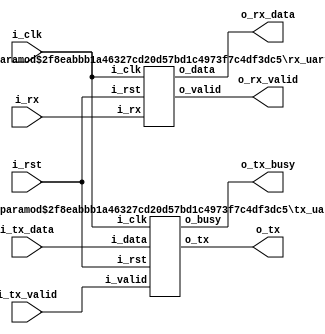
module uart (
  i_clk,
  i_rst,
  //tx signals
  i_tx_data,
  i_tx_valid,
  o_tx_busy,
  //rx signals
  o_rx_data,
  o_rx_valid,
  // UART inteface
  o_tx,
  i_rx
  );

  parameter DATA_WIDTH = 8;
  parameter FREQ = 10000000;
  parameter BAUD = 9200;


  input  wire                  i_clk;
  input  wire                  i_rst;
  input  wire [DATA_WIDTH-1:0] i_tx_data;
  input  wire                  i_tx_valid;
  output wire                  o_tx_busy;
  output wire [DATA_WIDTH-1:0] o_rx_data;
  output wire                  o_rx_valid;
  output wire                  o_tx;
  input  wire                  i_rx;

  rx_uart #(.DATA_WIDTH(DATA_WIDTH), .FREQ(FREQ), .BAUD(BAUD)) utt_rx(
    .i_clk(i_clk),
    .i_rst(i_rst),
    .i_rx(i_rx),
    .o_data(o_rx_data),
    .o_valid(o_rx_valid)
    );

  tx_uart #(.DATA_WIDTH(DATA_WIDTH), .FREQ(FREQ), .BAUD(BAUD)) utt_tx(
    .i_clk(i_clk),
    .i_rst(i_rst),
    .i_data(i_tx_data),
    .i_valid(i_tx_valid),
    .o_busy(o_tx_busy),
    .o_tx(o_tx)
    );

endmodule // uart









module rx_uart (
  i_clk,
  i_rst,
  i_rx,
  o_data,
  o_valid
  );

  parameter DATA_WIDTH = 8;
  parameter FREQ = 10000000;
  parameter BAUD = 9200;

  input wire                  i_clk;
  input wire                  i_rst;
  input wire                  i_rx;
  output reg  [DATA_WIDTH-1:0] o_data;
  output reg                  o_valid;


  parameter
  IDLE       = 6'b000001,
  WAIT_START = 6'b000010,
  START      = 6'b000100,
  DATA       = 6'b001000,
  STOP       = 6'b010000,
  END        = 6'b100000;

  reg [5:0] next_rx_uart;
  reg [5:0] rx_uart;

  reg [1:0] r_rx_ed;
  wire w_rx_ed;
  reg r_baud_clk;
  reg [31:0] r_baud_cnt;
  reg [DATA_WIDTH-1:0] r_dataBuff;

  reg r_en_rx;
  reg r_en_data_rx;

  always @ (posedge i_clk) begin
    if (i_rst) begin
      r_rx_ed <= 2'b11;
    end else begin
      r_rx_ed[0] <= i_rx;
      r_rx_ed[1] <= r_rx_ed[0];
    end
  end

  assign w_rx_ed = !r_rx_ed[0] & r_rx_ed[1];

  always @ (posedge i_clk) begin
    if (i_rst) begin
      r_baud_cnt <= 0;
      r_baud_clk <= 1'b0;
    end else begin
      if (w_rx_ed & !r_en_rx) begin
        r_baud_cnt <= FREQ/BAUD/2;
        r_baud_clk <= 1'b0;
      end else if (r_en_rx) begin
        if (!r_baud_cnt) begin
          r_baud_cnt <= FREQ/BAUD;
          r_baud_clk <= 1'b1;
        end else begin
          r_baud_cnt <= r_baud_cnt - 1'b1;
          r_baud_clk <= 1'b0;
        end
      end else begin
        r_baud_cnt <= r_baud_cnt;
        r_baud_clk <= 1'b0;
      end
    end
  end


  always @ ( * ) begin
    next_rx_uart <= rx_uart;
    r_en_rx <= 1'b0;
    r_en_data_rx <= 1'b0;
    o_valid <= 1'b0;
    case (rx_uart)
      IDLE: begin
        next_rx_uart <= WAIT_START;
      end

      WAIT_START: begin
        if (w_rx_ed) begin
          next_rx_uart <= START;
        end else begin
          next_rx_uart <= WAIT_START;
        end
      end

      START: begin
        r_en_rx <= 1'b1;
        if (r_baud_clk) begin
          next_rx_uart <= DATA;
        end else begin
          next_rx_uart <= START;
        end
      end

      DATA: begin
        r_en_rx <= 1'b1;
        r_en_data_rx <= 1'b1;
        if ((r_dataBuff == 1) & r_baud_clk) begin
          next_rx_uart <= STOP;
        end  else begin
          next_rx_uart <= DATA;
        end
      end

      STOP: begin
        r_en_rx <= 1'b1;
        if (r_baud_clk & i_rx) begin
          next_rx_uart <= END;
        end else begin
          next_rx_uart <= STOP;
        end
      end

      END : begin
        o_valid <= 1'b1;
        next_rx_uart <= WAIT_START;
      end

      default: begin
        next_rx_uart <= IDLE;
      end
    endcase
  end

  always @ (posedge i_clk) begin
    if (i_rst) begin
      rx_uart <= IDLE;
    end else begin
      rx_uart <= next_rx_uart;
    end
  end

  always @ (posedge i_clk) begin
    if (i_rst) begin
      r_dataBuff <= 0;
      o_data <= 0;
    end else begin
      if (w_rx_ed & !r_en_rx) begin
        r_dataBuff <= {DATA_WIDTH{1'b1}};
        o_data <= 0;
      end else begin
        if (r_en_data_rx & r_baud_clk) begin
          r_dataBuff <= {1'b0, r_dataBuff[DATA_WIDTH-1:1]};
          o_data <= {r_rx_ed[1], o_data[DATA_WIDTH-1:1]};
        end else begin
          r_dataBuff <= r_dataBuff;
          o_data <= o_data;
        end
      end
    end
  end

  // This code allows you to see state names in simulation
`ifndef SYNTHESIS
  reg [127:0] rx_statename;
  always @* begin
    case (rx_uart)
      IDLE     :
        rx_statename = "IDLE";
      WAIT_START     :
        rx_statename = "WAIT_START";
      START     :
        rx_statename = "START";
      DATA     :
        rx_statename = "DATA";
      STOP     :
        rx_statename = "STOP";
      END     :
        rx_statename = "END";
      default  :
        rx_statename = "IDLE";
    endcase
  end
`endif

endmodule // rx_uart










module tx_uart (
  i_clk,
  i_rst,
  i_data,
  i_valid,
  o_tx,
  o_busy
  );

  parameter DATA_WIDTH = 8;
  parameter FREQ = 10000000;
  parameter BAUD = 9200;

  input wire                  i_clk;
  input wire                  i_rst;
  input wire [DATA_WIDTH-1:0] i_data;
  input wire                  i_valid;
  output reg                  o_tx;
  output wire                 o_busy;

  parameter
  IDLE      = 5'b00001,
  WAIT_DATA = 5'b00010,
  START     = 5'b00100,
  DATA      = 5'b01000,
  STOP      = 5'b10000;

  reg [4:0] next_tx_uart;
  reg [4:0] tx_uart;
  reg       tx_run;
  reg       tx_data;

  reg        r_baud_clk;
  reg [31:0] r_baud_cnt;

  reg [DATA_WIDTH-1:0] r_dataBuff;
  reg [DATA_WIDTH-1:0] r_data;

  always @ (posedge i_clk) begin
    if (i_rst) begin
      r_baud_clk <= 0;
      r_baud_cnt <= FREQ/BAUD;
    end else begin
      if (tx_run) begin
        if (!r_baud_cnt) begin
          r_baud_cnt <= FREQ/BAUD;
          r_baud_clk <= 1'b1;
        end else begin
          r_baud_cnt <= r_baud_cnt - 1'b1;
          r_baud_clk <= 1'b0;
        end
      end else begin
        r_baud_cnt <= FREQ/BAUD;
        r_baud_clk <= 1'b0;
      end
    end
  end

  always @ ( * ) begin
    next_tx_uart <= tx_uart;
    tx_run <= 1'b0;
    tx_data <= 1'b0;
    o_tx <= 1'b1;

    case (tx_uart)
      IDLE: begin
        next_tx_uart <= WAIT_DATA;
      end

      WAIT_DATA: begin
        if (i_valid) begin
          next_tx_uart <= START;
        end else begin
          next_tx_uart <= WAIT_DATA;
        end
      end

      START: begin
        tx_run <= 1'b1;
        o_tx <= 1'b0;
        if (r_baud_clk) begin
          next_tx_uart <= DATA;
        end else begin
          next_tx_uart <= START;
        end
      end

      DATA: begin
        tx_run <= 1'b1;
        tx_data <= 1'b1;
        o_tx <= r_data[0];
        if (r_baud_clk & (!r_dataBuff)) begin
          next_tx_uart <= STOP;
        end else begin
          next_tx_uart <= DATA;
        end
      end

      STOP: begin
        tx_run <= 1'b1;
        o_tx <= 1'b1;
        if (r_baud_clk) begin
          next_tx_uart <= WAIT_DATA;
        end else begin
          next_tx_uart <= STOP;
        end
      end

      default: begin
        next_tx_uart <= IDLE;
      end
    endcase
  end

  always @ (posedge i_clk) begin
    if (i_rst) begin
      tx_uart <= IDLE;
    end else begin
      tx_uart <= next_tx_uart;
    end
  end

  always @ (posedge i_clk) begin
    if (i_rst) begin
      r_dataBuff <= 0;
      r_data <= 0;
    end else begin
      if (tx_run) begin
        if (r_baud_clk & tx_data) begin
          r_dataBuff <= {1'b0, r_dataBuff[DATA_WIDTH-1:1]};
          r_data <= {1'b0, r_data[DATA_WIDTH-1:1]};
        end else begin
          r_dataBuff <= r_dataBuff;
          r_data <= r_data;
        end
      end else begin
        if (i_valid) begin
          r_dataBuff <= {DATA_WIDTH{1'b1}};
          r_data <= i_data;
        end else begin
          r_dataBuff <= r_dataBuff;
          r_data <= r_data;
        end
      end
    end
  end

  assign o_busy = tx_run;

endmodule // tx_uart